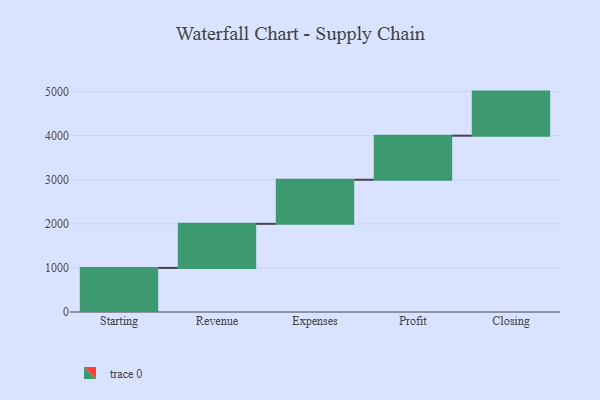
{"axis": {"x": "Step", "y": "Value"}, "legend": [""], "data": [{"x": "Starting", "y": 1000, "type": ""}, {"x": "Revenue", "y": 1000, "type": ""}, {"x": "Expenses", "y": 1000, "type": ""}, {"x": "Profit", "y": 1000, "type": ""}, {"x": "Closing", "y": 1000, "type": ""}]}